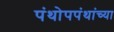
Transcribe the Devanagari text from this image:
पंथोपपंथांच्या